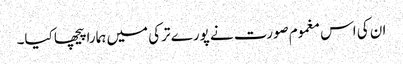
ان کی اس مغموم صورت نے پورے ترکی میں ہمارا پیچھا کیا۔